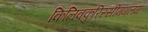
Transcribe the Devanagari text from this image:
किलिक्कुरिस्सीमंगलम